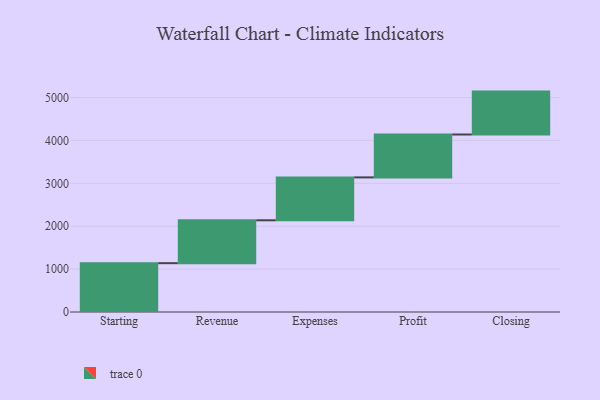
{"axis": {"x": "Step", "y": "Value"}, "legend": [""], "data": [{"x": "Starting", "y": 1138.0, "type": ""}, {"x": "Revenue", "y": 1000, "type": ""}, {"x": "Expenses", "y": 1000, "type": ""}, {"x": "Profit", "y": 1000, "type": ""}, {"x": "Closing", "y": 1000, "type": ""}]}